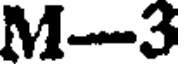
M-3